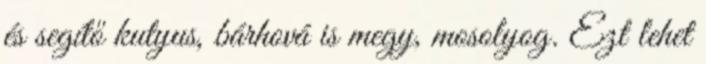
és segítő kutyus, bárhová is megy, mosolyog. Ezt lehet